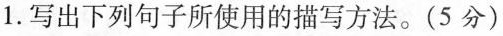
1.写出下列句子所使用的描写方法。(5分)